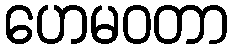
ဟေမဝတာ